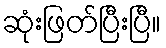
ဆုံးဖြတ်ပြီးပြီ။